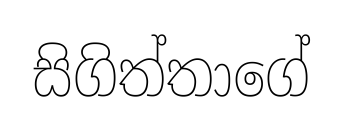
සිගිත්තාගේ